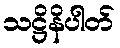
သဋ္ဌိနိပါတ်